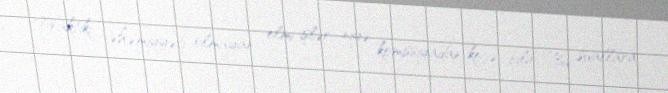
Praktiki əhəmiyyəti olmayan elmi işlər niyə komissiyadan keçə bilir?Bu suallara